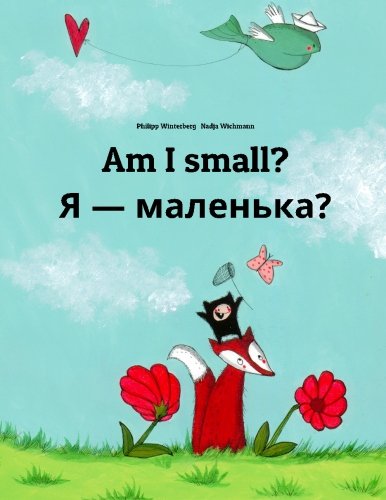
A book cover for Am I small? Chy ya malen'ka?: Children's Picture Book English-Ukrainian (Bilingual Edition); Philipp Winterberg; Children's Books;